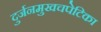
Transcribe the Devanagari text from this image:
दुर्जनमुखचपेटिका